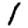
Digit: 1